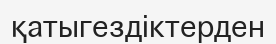
қатыгездіктерден